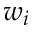
w _ { i }